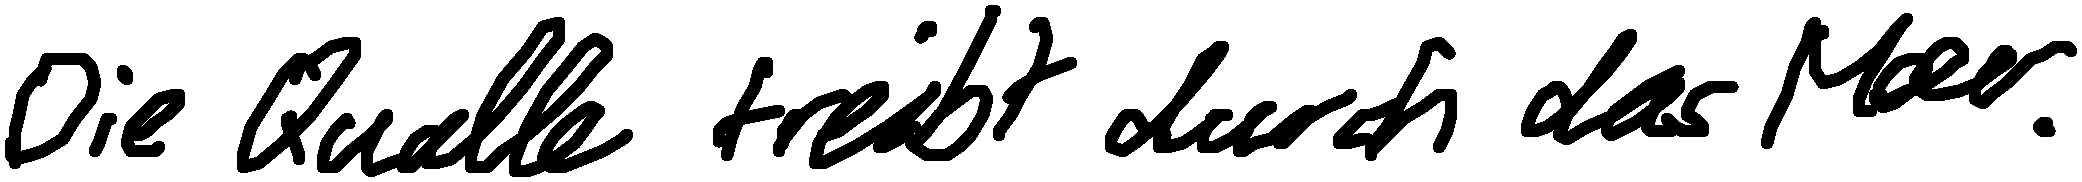
Die Qualle treibt durch das Meer.